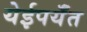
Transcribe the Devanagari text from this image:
येईपर्यँत